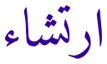
ارتشاء